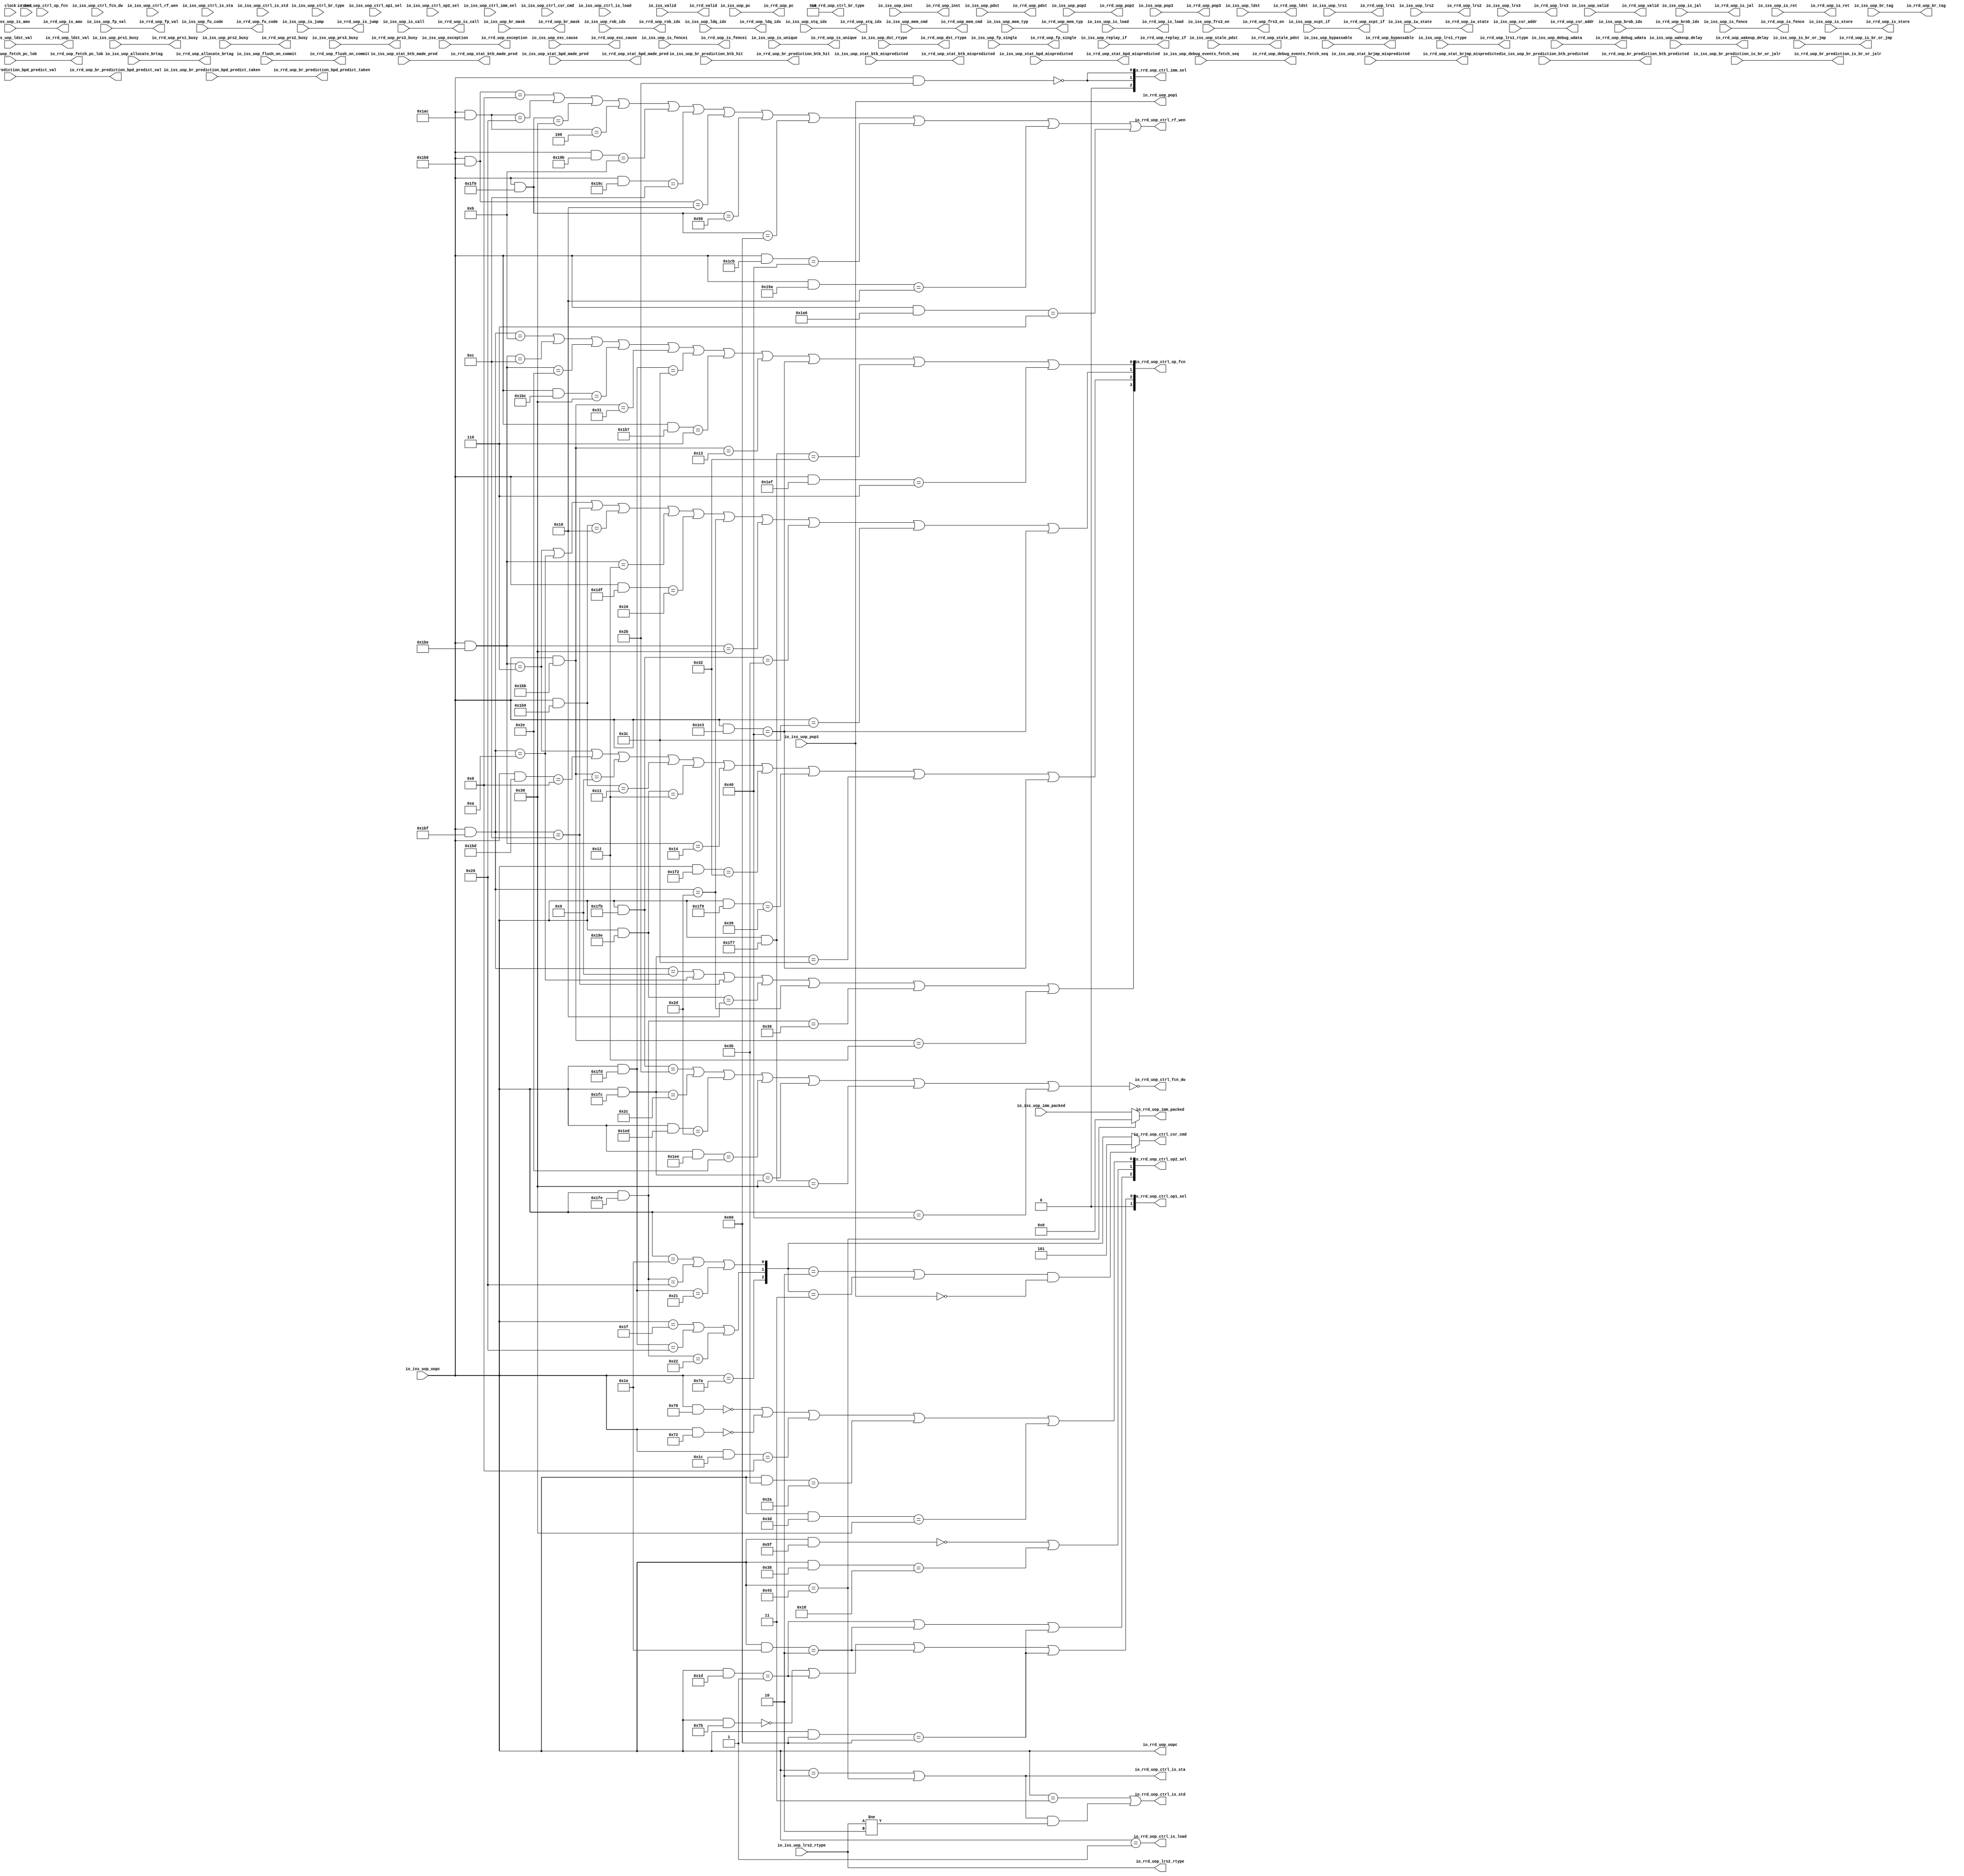
module RegisterReadDecode(
  input   clock,
  input   reset,
  input   io_iss_valid,
  input   io_iss_uop_valid,
  input  [1:0] io_iss_uop_iw_state,
  input  [8:0] io_iss_uop_uopc,
  input  [31:0] io_iss_uop_inst,
  input  [39:0] io_iss_uop_pc,
  input  [7:0] io_iss_uop_fu_code,
  input  [3:0] io_iss_uop_ctrl_br_type,
  input  [1:0] io_iss_uop_ctrl_op1_sel,
  input  [2:0] io_iss_uop_ctrl_op2_sel,
  input  [2:0] io_iss_uop_ctrl_imm_sel,
  input  [3:0] io_iss_uop_ctrl_op_fcn,
  input   io_iss_uop_ctrl_fcn_dw,
  input   io_iss_uop_ctrl_rf_wen,
  input  [2:0] io_iss_uop_ctrl_csr_cmd,
  input   io_iss_uop_ctrl_is_load,
  input   io_iss_uop_ctrl_is_sta,
  input   io_iss_uop_ctrl_is_std,
  input  [1:0] io_iss_uop_wakeup_delay,
  input   io_iss_uop_allocate_brtag,
  input   io_iss_uop_is_br_or_jmp,
  input   io_iss_uop_is_jump,
  input   io_iss_uop_is_jal,
  input   io_iss_uop_is_ret,
  input   io_iss_uop_is_call,
  input  [7:0] io_iss_uop_br_mask,
  input  [2:0] io_iss_uop_br_tag,
  input   io_iss_uop_br_prediction_bpd_predict_val,
  input   io_iss_uop_br_prediction_bpd_predict_taken,
  input   io_iss_uop_br_prediction_btb_hit,
  input   io_iss_uop_br_prediction_btb_predicted,
  input   io_iss_uop_br_prediction_is_br_or_jalr,
  input   io_iss_uop_stat_brjmp_mispredicted,
  input   io_iss_uop_stat_btb_made_pred,
  input   io_iss_uop_stat_btb_mispredicted,
  input   io_iss_uop_stat_bpd_made_pred,
  input   io_iss_uop_stat_bpd_mispredicted,
  input  [3:0] io_iss_uop_fetch_pc_lob,
  input  [19:0] io_iss_uop_imm_packed,
  input  [11:0] io_iss_uop_csr_addr,
  input  [6:0] io_iss_uop_rob_idx,
  input  [4:0] io_iss_uop_ldq_idx,
  input  [4:0] io_iss_uop_stq_idx,
  input  [4:0] io_iss_uop_brob_idx,
  input  [6:0] io_iss_uop_pdst,
  input  [6:0] io_iss_uop_pop1,
  input  [6:0] io_iss_uop_pop2,
  input  [6:0] io_iss_uop_pop3,
  input   io_iss_uop_prs1_busy,
  input   io_iss_uop_prs2_busy,
  input   io_iss_uop_prs3_busy,
  input  [6:0] io_iss_uop_stale_pdst,
  input   io_iss_uop_exception,
  input  [63:0] io_iss_uop_exc_cause,
  input   io_iss_uop_bypassable,
  input  [3:0] io_iss_uop_mem_cmd,
  input  [2:0] io_iss_uop_mem_typ,
  input   io_iss_uop_is_fence,
  input   io_iss_uop_is_fencei,
  input   io_iss_uop_is_store,
  input   io_iss_uop_is_amo,
  input   io_iss_uop_is_load,
  input   io_iss_uop_is_unique,
  input   io_iss_uop_flush_on_commit,
  input  [5:0] io_iss_uop_ldst,
  input  [5:0] io_iss_uop_lrs1,
  input  [5:0] io_iss_uop_lrs2,
  input  [5:0] io_iss_uop_lrs3,
  input   io_iss_uop_ldst_val,
  input  [1:0] io_iss_uop_dst_rtype,
  input  [1:0] io_iss_uop_lrs1_rtype,
  input  [1:0] io_iss_uop_lrs2_rtype,
  input   io_iss_uop_frs3_en,
  input   io_iss_uop_fp_val,
  input   io_iss_uop_fp_single,
  input   io_iss_uop_xcpt_if,
  input   io_iss_uop_replay_if,
  input  [63:0] io_iss_uop_debug_wdata,
  input  [31:0] io_iss_uop_debug_events_fetch_seq,
  output  io_rrd_valid,
  output  io_rrd_uop_valid,
  output [1:0] io_rrd_uop_iw_state,
  output [8:0] io_rrd_uop_uopc,
  output [31:0] io_rrd_uop_inst,
  output [39:0] io_rrd_uop_pc,
  output [7:0] io_rrd_uop_fu_code,
  output [3:0] io_rrd_uop_ctrl_br_type,
  output [1:0] io_rrd_uop_ctrl_op1_sel,
  output [2:0] io_rrd_uop_ctrl_op2_sel,
  output [2:0] io_rrd_uop_ctrl_imm_sel,
  output [3:0] io_rrd_uop_ctrl_op_fcn,
  output  io_rrd_uop_ctrl_fcn_dw,
  output  io_rrd_uop_ctrl_rf_wen,
  output [2:0] io_rrd_uop_ctrl_csr_cmd,
  output  io_rrd_uop_ctrl_is_load,
  output  io_rrd_uop_ctrl_is_sta,
  output  io_rrd_uop_ctrl_is_std,
  output [1:0] io_rrd_uop_wakeup_delay,
  output  io_rrd_uop_allocate_brtag,
  output  io_rrd_uop_is_br_or_jmp,
  output  io_rrd_uop_is_jump,
  output  io_rrd_uop_is_jal,
  output  io_rrd_uop_is_ret,
  output  io_rrd_uop_is_call,
  output [7:0] io_rrd_uop_br_mask,
  output [2:0] io_rrd_uop_br_tag,
  output  io_rrd_uop_br_prediction_bpd_predict_val,
  output  io_rrd_uop_br_prediction_bpd_predict_taken,
  output  io_rrd_uop_br_prediction_btb_hit,
  output  io_rrd_uop_br_prediction_btb_predicted,
  output  io_rrd_uop_br_prediction_is_br_or_jalr,
  output  io_rrd_uop_stat_brjmp_mispredicted,
  output  io_rrd_uop_stat_btb_made_pred,
  output  io_rrd_uop_stat_btb_mispredicted,
  output  io_rrd_uop_stat_bpd_made_pred,
  output  io_rrd_uop_stat_bpd_mispredicted,
  output [3:0] io_rrd_uop_fetch_pc_lob,
  output [19:0] io_rrd_uop_imm_packed,
  output [11:0] io_rrd_uop_csr_addr,
  output [6:0] io_rrd_uop_rob_idx,
  output [4:0] io_rrd_uop_ldq_idx,
  output [4:0] io_rrd_uop_stq_idx,
  output [4:0] io_rrd_uop_brob_idx,
  output [6:0] io_rrd_uop_pdst,
  output [6:0] io_rrd_uop_pop1,
  output [6:0] io_rrd_uop_pop2,
  output [6:0] io_rrd_uop_pop3,
  output  io_rrd_uop_prs1_busy,
  output  io_rrd_uop_prs2_busy,
  output  io_rrd_uop_prs3_busy,
  output [6:0] io_rrd_uop_stale_pdst,
  output  io_rrd_uop_exception,
  output [63:0] io_rrd_uop_exc_cause,
  output  io_rrd_uop_bypassable,
  output [3:0] io_rrd_uop_mem_cmd,
  output [2:0] io_rrd_uop_mem_typ,
  output  io_rrd_uop_is_fence,
  output  io_rrd_uop_is_fencei,
  output  io_rrd_uop_is_store,
  output  io_rrd_uop_is_amo,
  output  io_rrd_uop_is_load,
  output  io_rrd_uop_is_unique,
  output  io_rrd_uop_flush_on_commit,
  output [5:0] io_rrd_uop_ldst,
  output [5:0] io_rrd_uop_lrs1,
  output [5:0] io_rrd_uop_lrs2,
  output [5:0] io_rrd_uop_lrs3,
  output  io_rrd_uop_ldst_val,
  output [1:0] io_rrd_uop_dst_rtype,
  output [1:0] io_rrd_uop_lrs1_rtype,
  output [1:0] io_rrd_uop_lrs2_rtype,
  output  io_rrd_uop_frs3_en,
  output  io_rrd_uop_fp_val,
  output  io_rrd_uop_fp_single,
  output  io_rrd_uop_xcpt_if,
  output  io_rrd_uop_replay_if,
  output [63:0] io_rrd_uop_debug_wdata,
  output [31:0] io_rrd_uop_debug_events_fetch_seq
);
  wire [3:0] rrd_cs_br_type;
  wire  rrd_cs_use_alupipe;
  wire  rrd_cs_use_muldivpipe;
  wire  rrd_cs_use_mempipe;
  wire [3:0] rrd_cs_op_fcn;
  wire  rrd_cs_fcn_dw;
  wire [1:0] rrd_cs_op1_sel;
  wire [2:0] rrd_cs_op2_sel;
  wire [2:0] rrd_cs_imm_sel;
  wire  rrd_cs_rf_wen;
  wire [2:0] rrd_cs_csr_cmd;
  wire [8:0] _T_543;
  wire  _T_545;
  wire [8:0] _T_547;
  wire  _T_549;
  wire  _T_551;
  wire  _T_554;
  wire  _T_555;
  wire  _T_556;
  wire [8:0] _T_563;
  wire  _T_565;
  wire [8:0] _T_567;
  wire  _T_569;
  wire  _T_573;
  wire [8:0] _T_575;
  wire  _T_577;
  wire [8:0] _T_579;
  wire  _T_581;
  wire [8:0] _T_583;
  wire  _T_585;
  wire [8:0] _T_587;
  wire  _T_589;
  wire  _T_593;
  wire [8:0] _T_595;
  wire  _T_597;
  wire [8:0] _T_599;
  wire  _T_601;
  wire [8:0] _T_603;
  wire  _T_605;
  wire  _T_608;
  wire  _T_609;
  wire  _T_610;
  wire  _T_611;
  wire  _T_612;
  wire  _T_613;
  wire  _T_614;
  wire  _T_615;
  wire  _T_616;
  wire  _T_617;
  wire  _T_621;
  wire  _T_625;
  wire  _T_629;
  wire [8:0] _T_631;
  wire  _T_633;
  wire  _T_637;
  wire [8:0] _T_639;
  wire  _T_641;
  wire  _T_645;
  wire  _T_649;
  wire [8:0] _T_651;
  wire  _T_653;
  wire  _T_655;
  wire  _T_658;
  wire  _T_659;
  wire  _T_660;
  wire  _T_661;
  wire  _T_662;
  wire  _T_663;
  wire  _T_664;
  wire  _T_665;
  wire  _T_666;
  wire  _T_667;
  wire [8:0] _T_669;
  wire  _T_671;
  wire  _T_675;
  wire  _T_679;
  wire [8:0] _T_681;
  wire  _T_683;
  wire  _T_687;
  wire [8:0] _T_689;
  wire  _T_691;
  wire [8:0] _T_693;
  wire  _T_695;
  wire [8:0] _T_697;
  wire  _T_699;
  wire  _T_702;
  wire  _T_703;
  wire  _T_704;
  wire  _T_705;
  wire  _T_706;
  wire  _T_707;
  wire  _T_708;
  wire  _T_709;
  wire  _T_710;
  wire  _T_714;
  wire  _T_718;
  wire [8:0] _T_720;
  wire  _T_722;
  wire  _T_726;
  wire  _T_729;
  wire  _T_730;
  wire  _T_731;
  wire  _T_732;
  wire  _T_733;
  wire  _T_734;
  wire [1:0] _T_735;
  wire [1:0] _T_736;
  wire [3:0] _T_737;
  wire  _T_741;
  wire  _T_745;
  wire [8:0] _T_747;
  wire  _T_749;
  wire [8:0] _T_751;
  wire  _T_753;
  wire  _T_757;
  wire  _T_761;
  wire  _T_764;
  wire  _T_765;
  wire  _T_766;
  wire  _T_767;
  wire  _T_768;
  wire  _T_769;
  wire  _T_770;
  wire [8:0] _T_772;
  wire  _T_774;
  wire [8:0] _T_776;
  wire  _T_778;
  wire [8:0] _T_780;
  wire  _T_782;
  wire [8:0] _T_784;
  wire  _T_786;
  wire  _T_789;
  wire  _T_790;
  wire  _T_791;
  wire [1:0] _T_793;
  wire [8:0] _T_795;
  wire  _T_797;
  wire [8:0] _T_799;
  wire  _T_801;
  wire [8:0] _T_803;
  wire  _T_805;
  wire [8:0] _T_807;
  wire  _T_809;
  wire [8:0] _T_811;
  wire  _T_813;
  wire  _T_816;
  wire  _T_817;
  wire  _T_818;
  wire  _T_819;
  wire [8:0] _T_821;
  wire  _T_823;
  wire [8:0] _T_825;
  wire  _T_827;
  wire  _T_830;
  wire  _T_833;
  wire  _T_834;
  wire [1:0] _T_835;
  wire [2:0] _T_836;
  wire [8:0] _T_838;
  wire  _T_840;
  wire [1:0] _T_846;
  wire [2:0] _T_847;
  wire [8:0] _T_849;
  wire  _T_851;
  wire [8:0] _T_853;
  wire  _T_855;
  wire [8:0] _T_857;
  wire  _T_859;
  wire  _T_863;
  wire [8:0] _T_865;
  wire  _T_867;
  wire [8:0] _T_869;
  wire  _T_871;
  wire  _T_875;
  wire  _T_879;
  wire  _T_883;
  wire [8:0] _T_885;
  wire  _T_887;
  wire [8:0] _T_889;
  wire  _T_891;
  wire [8:0] _T_893;
  wire  _T_895;
  wire  _T_898;
  wire  _T_899;
  wire  _T_900;
  wire  _T_901;
  wire  _T_902;
  wire  _T_903;
  wire  _T_904;
  wire  _T_905;
  wire  _T_906;
  wire  _T_907;
  wire  _T_908;
  wire  _T_910;
  wire  _T_914;
  wire  _T_918;
  wire  _T_921;
  wire  _T_922;
  wire  _T_924;
  wire  _T_928;
  wire  _T_932;
  wire  _T_935;
  wire  _T_936;
  wire  _T_938;
  wire [1:0] _T_941;
  wire [2:0] _T_942;
  wire  _T_944;
  wire  _T_945;
  wire  _T_946;
  wire  _T_947;
  wire  _T_948;
  wire  _T_949;
  wire  _T_950;
  wire  _T_951;
  wire [19:0] _GEN_0;
  wire  _T_955;
  wire  _T_957;
  wire  _T_958;
  wire  _T_960;
  wire  csr_ren;
  wire [2:0] _T_962;
  assign io_rrd_valid = io_iss_valid;
  assign io_rrd_uop_valid = io_iss_uop_valid;
  assign io_rrd_uop_iw_state = io_iss_uop_iw_state;
  assign io_rrd_uop_uopc = io_iss_uop_uopc;
  assign io_rrd_uop_inst = io_iss_uop_inst;
  assign io_rrd_uop_pc = io_iss_uop_pc;
  assign io_rrd_uop_fu_code = io_iss_uop_fu_code;
  assign io_rrd_uop_ctrl_br_type = rrd_cs_br_type;
  assign io_rrd_uop_ctrl_op1_sel = rrd_cs_op1_sel;
  assign io_rrd_uop_ctrl_op2_sel = rrd_cs_op2_sel;
  assign io_rrd_uop_ctrl_imm_sel = rrd_cs_imm_sel;
  assign io_rrd_uop_ctrl_op_fcn = rrd_cs_op_fcn;
  assign io_rrd_uop_ctrl_fcn_dw = rrd_cs_fcn_dw;
  assign io_rrd_uop_ctrl_rf_wen = rrd_cs_rf_wen;
  assign io_rrd_uop_ctrl_csr_cmd = _T_962;
  assign io_rrd_uop_ctrl_is_load = _T_944;
  assign io_rrd_uop_ctrl_is_sta = _T_947;
  assign io_rrd_uop_ctrl_is_std = _T_951;
  assign io_rrd_uop_wakeup_delay = io_iss_uop_wakeup_delay;
  assign io_rrd_uop_allocate_brtag = io_iss_uop_allocate_brtag;
  assign io_rrd_uop_is_br_or_jmp = io_iss_uop_is_br_or_jmp;
  assign io_rrd_uop_is_jump = io_iss_uop_is_jump;
  assign io_rrd_uop_is_jal = io_iss_uop_is_jal;
  assign io_rrd_uop_is_ret = io_iss_uop_is_ret;
  assign io_rrd_uop_is_call = io_iss_uop_is_call;
  assign io_rrd_uop_br_mask = io_iss_uop_br_mask;
  assign io_rrd_uop_br_tag = io_iss_uop_br_tag;
  assign io_rrd_uop_br_prediction_bpd_predict_val = io_iss_uop_br_prediction_bpd_predict_val;
  assign io_rrd_uop_br_prediction_bpd_predict_taken = io_iss_uop_br_prediction_bpd_predict_taken;
  assign io_rrd_uop_br_prediction_btb_hit = io_iss_uop_br_prediction_btb_hit;
  assign io_rrd_uop_br_prediction_btb_predicted = io_iss_uop_br_prediction_btb_predicted;
  assign io_rrd_uop_br_prediction_is_br_or_jalr = io_iss_uop_br_prediction_is_br_or_jalr;
  assign io_rrd_uop_stat_brjmp_mispredicted = io_iss_uop_stat_brjmp_mispredicted;
  assign io_rrd_uop_stat_btb_made_pred = io_iss_uop_stat_btb_made_pred;
  assign io_rrd_uop_stat_btb_mispredicted = io_iss_uop_stat_btb_mispredicted;
  assign io_rrd_uop_stat_bpd_made_pred = io_iss_uop_stat_bpd_made_pred;
  assign io_rrd_uop_stat_bpd_mispredicted = io_iss_uop_stat_bpd_mispredicted;
  assign io_rrd_uop_fetch_pc_lob = io_iss_uop_fetch_pc_lob;
  assign io_rrd_uop_imm_packed = _GEN_0;
  assign io_rrd_uop_csr_addr = io_iss_uop_csr_addr;
  assign io_rrd_uop_rob_idx = io_iss_uop_rob_idx;
  assign io_rrd_uop_ldq_idx = io_iss_uop_ldq_idx;
  assign io_rrd_uop_stq_idx = io_iss_uop_stq_idx;
  assign io_rrd_uop_brob_idx = io_iss_uop_brob_idx;
  assign io_rrd_uop_pdst = io_iss_uop_pdst;
  assign io_rrd_uop_pop1 = io_iss_uop_pop1;
  assign io_rrd_uop_pop2 = io_iss_uop_pop2;
  assign io_rrd_uop_pop3 = io_iss_uop_pop3;
  assign io_rrd_uop_prs1_busy = io_iss_uop_prs1_busy;
  assign io_rrd_uop_prs2_busy = io_iss_uop_prs2_busy;
  assign io_rrd_uop_prs3_busy = io_iss_uop_prs3_busy;
  assign io_rrd_uop_stale_pdst = io_iss_uop_stale_pdst;
  assign io_rrd_uop_exception = io_iss_uop_exception;
  assign io_rrd_uop_exc_cause = io_iss_uop_exc_cause;
  assign io_rrd_uop_bypassable = io_iss_uop_bypassable;
  assign io_rrd_uop_mem_cmd = io_iss_uop_mem_cmd;
  assign io_rrd_uop_mem_typ = io_iss_uop_mem_typ;
  assign io_rrd_uop_is_fence = io_iss_uop_is_fence;
  assign io_rrd_uop_is_fencei = io_iss_uop_is_fencei;
  assign io_rrd_uop_is_store = io_iss_uop_is_store;
  assign io_rrd_uop_is_amo = io_iss_uop_is_amo;
  assign io_rrd_uop_is_load = io_iss_uop_is_load;
  assign io_rrd_uop_is_unique = io_iss_uop_is_unique;
  assign io_rrd_uop_flush_on_commit = io_iss_uop_flush_on_commit;
  assign io_rrd_uop_ldst = io_iss_uop_ldst;
  assign io_rrd_uop_lrs1 = io_iss_uop_lrs1;
  assign io_rrd_uop_lrs2 = io_iss_uop_lrs2;
  assign io_rrd_uop_lrs3 = io_iss_uop_lrs3;
  assign io_rrd_uop_ldst_val = io_iss_uop_ldst_val;
  assign io_rrd_uop_dst_rtype = io_iss_uop_dst_rtype;
  assign io_rrd_uop_lrs1_rtype = io_iss_uop_lrs1_rtype;
  assign io_rrd_uop_lrs2_rtype = io_iss_uop_lrs2_rtype;
  assign io_rrd_uop_frs3_en = io_iss_uop_frs3_en;
  assign io_rrd_uop_fp_val = io_iss_uop_fp_val;
  assign io_rrd_uop_fp_single = io_iss_uop_fp_single;
  assign io_rrd_uop_xcpt_if = io_iss_uop_xcpt_if;
  assign io_rrd_uop_replay_if = io_iss_uop_replay_if;
  assign io_rrd_uop_debug_wdata = io_iss_uop_debug_wdata;
  assign io_rrd_uop_debug_events_fetch_seq = io_iss_uop_debug_events_fetch_seq;
  assign rrd_cs_br_type = 4'h0;
  assign rrd_cs_use_alupipe = _T_556;
  assign rrd_cs_use_muldivpipe = _T_555;
  assign rrd_cs_use_mempipe = 1'h0;
  assign rrd_cs_op_fcn = _T_737;
  assign rrd_cs_fcn_dw = _T_770;
  assign rrd_cs_op1_sel = _T_793;
  assign rrd_cs_op2_sel = _T_836;
  assign rrd_cs_imm_sel = _T_847;
  assign rrd_cs_rf_wen = _T_908;
  assign rrd_cs_csr_cmd = _T_942;
  assign _T_543 = io_rrd_uop_uopc & 9'h1f4;
  assign _T_545 = _T_543 == 9'h34;
  assign _T_547 = io_rrd_uop_uopc & 9'h1f8;
  assign _T_549 = _T_547 == 9'h38;
  assign _T_551 = io_rrd_uop_uopc == 9'h40;
  assign _T_554 = _T_545 | _T_549;
  assign _T_555 = _T_554 | _T_551;
  assign _T_556 = ~ _T_555;
  assign _T_563 = io_rrd_uop_uopc & 9'h1bf;
  assign _T_565 = _T_563 == 9'hb;
  assign _T_567 = io_rrd_uop_uopc & 9'h1be;
  assign _T_569 = _T_567 == 9'hc;
  assign _T_573 = _T_567 == 9'h2e;
  assign _T_575 = io_rrd_uop_uopc & 9'h1bc;
  assign _T_577 = _T_575 == 9'h30;
  assign _T_579 = io_rrd_uop_uopc & 9'h1bb;
  assign _T_581 = _T_579 == 9'h31;
  assign _T_583 = io_rrd_uop_uopc & 9'h1fd;
  assign _T_585 = _T_583 == 9'h3c;
  assign _T_587 = io_rrd_uop_uopc & 9'h1b7;
  assign _T_589 = _T_587 == 9'h6;
  assign _T_593 = _T_579 == 9'h13;
  assign _T_595 = io_rrd_uop_uopc & 9'h1e3;
  assign _T_597 = _T_595 == 9'h40;
  assign _T_599 = io_rrd_uop_uopc & 9'h1f7;
  assign _T_601 = _T_599 == 9'h32;
  assign _T_603 = io_rrd_uop_uopc & 9'h1af;
  assign _T_605 = _T_603 == 9'h6;
  assign _T_608 = _T_565 | _T_569;
  assign _T_609 = _T_608 | _T_573;
  assign _T_610 = _T_609 | _T_577;
  assign _T_611 = _T_610 | _T_581;
  assign _T_612 = _T_611 | _T_585;
  assign _T_613 = _T_612 | _T_589;
  assign _T_614 = _T_613 | _T_593;
  assign _T_615 = _T_614 | _T_597;
  assign _T_616 = _T_615 | _T_601;
  assign _T_617 = _T_616 | _T_605;
  assign _T_621 = _T_567 == 9'h6;
  assign _T_625 = _T_563 == 9'ha;
  assign _T_629 = _T_563 == 9'hc;
  assign _T_631 = io_rrd_uop_uopc & 9'h1b9;
  assign _T_633 = _T_631 == 9'h10;
  assign _T_637 = _T_567 == 9'h12;
  assign _T_639 = io_rrd_uop_uopc & 9'h1df;
  assign _T_641 = _T_639 == 9'h16;
  assign _T_645 = _T_563 == 9'h2d;
  assign _T_649 = _T_567 == 9'h30;
  assign _T_651 = io_rrd_uop_uopc & 9'h1fb;
  assign _T_653 = _T_651 == 9'h3b;
  assign _T_655 = io_rrd_uop_uopc == 9'h3c;
  assign _T_658 = _T_621 | _T_625;
  assign _T_659 = _T_658 | _T_629;
  assign _T_660 = _T_659 | _T_633;
  assign _T_661 = _T_660 | _T_637;
  assign _T_662 = _T_661 | _T_641;
  assign _T_663 = _T_662 | _T_645;
  assign _T_664 = _T_663 | _T_649;
  assign _T_665 = _T_664 | _T_653;
  assign _T_666 = _T_665 | _T_655;
  assign _T_667 = _T_666 | _T_597;
  assign _T_669 = io_rrd_uop_uopc & 9'h1bd;
  assign _T_671 = _T_669 == 9'h8;
  assign _T_675 = _T_579 == 9'h9;
  assign _T_679 = _T_631 == 9'h11;
  assign _T_681 = io_rrd_uop_uopc & 9'h19e;
  assign _T_683 = _T_681 == 9'h12;
  assign _T_687 = _T_567 == 9'h14;
  assign _T_689 = io_rrd_uop_uopc & 9'h1f2;
  assign _T_691 = _T_689 == 9'h32;
  assign _T_693 = io_rrd_uop_uopc & 9'h1f9;
  assign _T_695 = _T_693 == 9'h39;
  assign _T_697 = io_rrd_uop_uopc & 9'h1fc;
  assign _T_699 = _T_697 == 9'h3c;
  assign _T_702 = _T_621 | _T_671;
  assign _T_703 = _T_702 | _T_675;
  assign _T_704 = _T_703 | _T_679;
  assign _T_705 = _T_704 | _T_683;
  assign _T_706 = _T_705 | _T_687;
  assign _T_707 = _T_706 | _T_691;
  assign _T_708 = _T_707 | _T_695;
  assign _T_709 = _T_708 | _T_699;
  assign _T_710 = _T_709 | _T_597;
  assign _T_714 = _T_563 == 9'h9;
  assign _T_718 = _T_681 == 9'h10;
  assign _T_720 = io_rrd_uop_uopc & 9'h1fe;
  assign _T_722 = _T_720 == 9'h36;
  assign _T_726 = _T_579 == 9'h12;
  assign _T_729 = _T_714 | _T_625;
  assign _T_730 = _T_729 | _T_629;
  assign _T_731 = _T_730 | _T_718;
  assign _T_732 = _T_731 | _T_645;
  assign _T_733 = _T_732 | _T_722;
  assign _T_734 = _T_733 | _T_726;
  assign _T_735 = {_T_667,_T_617};
  assign _T_736 = {_T_734,_T_710};
  assign _T_737 = {_T_736,_T_735};
  assign _T_741 = _T_651 == 9'h2b;
  assign _T_745 = _T_697 == 9'h2c;
  assign _T_747 = io_rrd_uop_uopc & 9'h1ed;
  assign _T_749 = _T_747 == 9'h2d;
  assign _T_751 = io_rrd_uop_uopc & 9'h1ee;
  assign _T_753 = _T_751 == 9'h2e;
  assign _T_757 = _T_697 == 9'h30;
  assign _T_761 = _T_599 == 9'h30;
  assign _T_764 = _T_741 | _T_745;
  assign _T_765 = _T_764 | _T_749;
  assign _T_766 = _T_765 | _T_753;
  assign _T_767 = _T_766 | _T_757;
  assign _T_768 = _T_767 | _T_761;
  assign _T_769 = _T_768 | _T_551;
  assign _T_770 = ~ _T_769;
  assign _T_772 = io_rrd_uop_uopc & 9'h7b;
  assign _T_774 = _T_772 == 9'h0;
  assign _T_776 = io_rrd_uop_uopc & 9'h1d;
  assign _T_778 = _T_776 == 9'h1;
  assign _T_780 = io_rrd_uop_uopc & 9'h1e;
  assign _T_782 = _T_780 == 9'h2;
  assign _T_784 = io_rrd_uop_uopc & 9'h60;
  assign _T_786 = _T_784 == 9'h60;
  assign _T_789 = _T_774 | _T_778;
  assign _T_790 = _T_789 | _T_782;
  assign _T_791 = _T_790 | _T_786;
  assign _T_793 = {1'h0,_T_791};
  assign _T_795 = io_rrd_uop_uopc & 9'h78;
  assign _T_797 = _T_795 == 9'h0;
  assign _T_799 = io_rrd_uop_uopc & 9'h72;
  assign _T_801 = _T_799 == 9'h0;
  assign _T_803 = io_rrd_uop_uopc & 9'h1c;
  assign _T_805 = _T_803 == 9'h8;
  assign _T_807 = io_rrd_uop_uopc & 9'h3b;
  assign _T_809 = _T_807 == 9'h2a;
  assign _T_811 = io_rrd_uop_uopc & 9'h3d;
  assign _T_813 = _T_811 == 9'h30;
  assign _T_816 = _T_797 | _T_801;
  assign _T_817 = _T_816 | _T_805;
  assign _T_818 = _T_817 | _T_809;
  assign _T_819 = _T_818 | _T_813;
  assign _T_821 = io_rrd_uop_uopc & 9'h5f;
  assign _T_823 = _T_821 == 9'h0;
  assign _T_825 = io_rrd_uop_uopc & 9'h38;
  assign _T_827 = _T_825 == 9'h18;
  assign _T_830 = _T_823 | _T_827;
  assign _T_833 = _T_778 | _T_782;
  assign _T_834 = _T_833 | _T_786;
  assign _T_835 = {_T_834,_T_830};
  assign _T_836 = {_T_835,_T_819};
  assign _T_838 = io_rrd_uop_uopc & 9'h2b;
  assign _T_840 = _T_838 == 9'h0;
  assign _T_846 = {1'h0,_T_840};
  assign _T_847 = {_T_846,_T_840};
  assign _T_849 = io_rrd_uop_uopc & 9'h1b8;
  assign _T_851 = _T_849 == 9'h8;
  assign _T_853 = io_rrd_uop_uopc & 9'h1ac;
  assign _T_855 = _T_853 == 9'h20;
  assign _T_857 = io_rrd_uop_uopc & 9'h1f0;
  assign _T_859 = _T_857 == 9'h30;
  assign _T_863 = _T_853 == 9'h4;
  assign _T_865 = io_rrd_uop_uopc & 9'h19b;
  assign _T_867 = _T_865 == 9'hb;
  assign _T_869 = io_rrd_uop_uopc & 9'h19c;
  assign _T_871 = _T_869 == 9'hc;
  assign _T_875 = _T_849 == 9'h10;
  assign _T_879 = _T_857 == 9'h50;
  assign _T_883 = _T_857 == 9'h60;
  assign _T_885 = io_rrd_uop_uopc & 9'h1cb;
  assign _T_887 = _T_885 == 9'h40;
  assign _T_889 = io_rrd_uop_uopc & 9'h19a;
  assign _T_891 = _T_889 == 9'h10;
  assign _T_893 = io_rrd_uop_uopc & 9'h1a6;
  assign _T_895 = _T_893 == 9'h6;
  assign _T_898 = _T_851 | _T_855;
  assign _T_899 = _T_898 | _T_859;
  assign _T_900 = _T_899 | _T_863;
  assign _T_901 = _T_900 | _T_867;
  assign _T_902 = _T_901 | _T_871;
  assign _T_903 = _T_902 | _T_875;
  assign _T_904 = _T_903 | _T_879;
  assign _T_905 = _T_904 | _T_883;
  assign _T_906 = _T_905 | _T_887;
  assign _T_907 = _T_906 | _T_891;
  assign _T_908 = _T_907 | _T_895;
  assign _T_910 = io_rrd_uop_uopc == 9'h1e;
  assign _T_914 = _T_720 == 9'h20;
  assign _T_918 = _T_583 == 9'h21;
  assign _T_921 = _T_910 | _T_914;
  assign _T_922 = _T_921 | _T_918;
  assign _T_924 = io_rrd_uop_uopc == 9'h1f;
  assign _T_928 = _T_583 == 9'h20;
  assign _T_932 = _T_720 == 9'h22;
  assign _T_935 = _T_924 | _T_928;
  assign _T_936 = _T_935 | _T_932;
  assign _T_938 = io_rrd_uop_uopc == 9'h7a;
  assign _T_941 = {_T_938,_T_936};
  assign _T_942 = {_T_941,_T_922};
  assign _T_944 = io_rrd_uop_uopc == 9'h1;
  assign _T_945 = io_rrd_uop_uopc == 9'h2;
  assign _T_946 = io_rrd_uop_uopc == 9'h43;
  assign _T_947 = _T_945 | _T_946;
  assign _T_948 = io_rrd_uop_uopc == 9'h3;
  assign _T_949 = io_rrd_uop_lrs2_rtype != 2'h2;
  assign _T_950 = io_rrd_uop_ctrl_is_sta & _T_949;
  assign _T_951 = _T_948 | _T_950;
  assign _GEN_0 = _T_946 ? 20'h0 : io_iss_uop_imm_packed;
  assign _T_955 = rrd_cs_csr_cmd == 3'h2;
  assign _T_957 = rrd_cs_csr_cmd == 3'h3;
  assign _T_958 = _T_955 | _T_957;
  assign _T_960 = io_rrd_uop_pop1 == 7'h0;
  assign csr_ren = _T_958 & _T_960;
  assign _T_962 = csr_ren ? 3'h5 : rrd_cs_csr_cmd;
endmodule